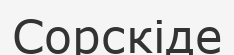
Сорскіде